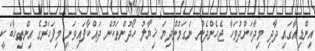
އިންޑިއާގައި ދާދި މިދާކަށްދުވަހާ ޖެހެންދެން ނަގަމުންދިޔަ ޚިޔާލު ހޯދުންތަކުން ދައްކާފައިވަނީ މިފަހަރުގެ އިންތިޚާބަކީ